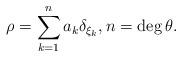
LaTeX: \begin{align*}\rho =\sum_{k=1}^n a_k \delta_{\xi_k}, n = \deg \theta. \end{align*}